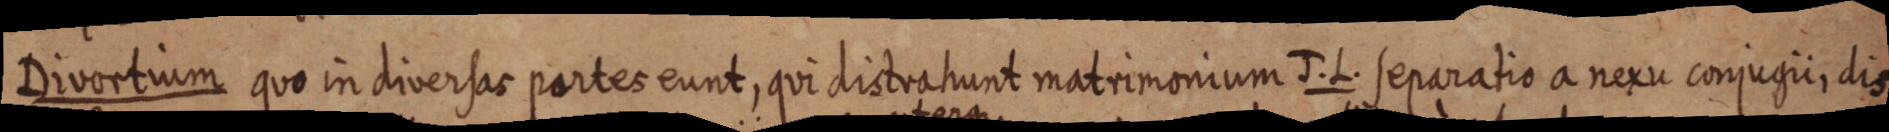
Divortium quo in diversas partes eunt, qui distrahunt matrimonium J. L. separatio a nexu conjugii dis